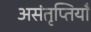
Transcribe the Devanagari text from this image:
असंतृप्तियाँ